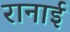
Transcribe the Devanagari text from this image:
रानाई